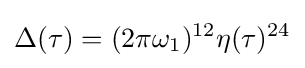
\Delta (\tau )=(2\pi \omega _{1})^{12}\eta (\tau )^{24}